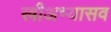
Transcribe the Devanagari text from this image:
स्त्रीअभ्यासव